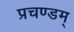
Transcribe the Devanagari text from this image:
प्रचण्डम्